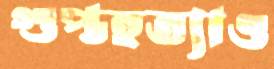
গুপ্তহত্যাও